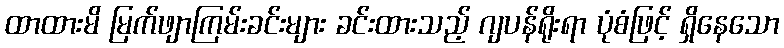
ထာထားမိ မြက်ဖျာကြမ်းခင်းများ ခင်းထားသည့် ဂျပန်ရိုးရာ ပုံစံဖြင့် ရှိနေသော